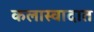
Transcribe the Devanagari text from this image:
कलास्वादात